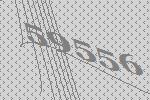
59556